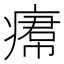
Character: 𤸷